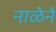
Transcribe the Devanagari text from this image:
नाळेने